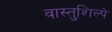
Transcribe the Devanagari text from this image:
वास्तुशिल्पे